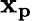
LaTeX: \mathbf{x_{p}}